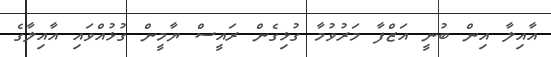
އާއިލާ އިން ބުނީ އަޒްފާ މަރުވުމާ ގުޅިގެން ރައީސް ޔާމީން ގުޅުއްވައި އާއިލާގެ